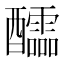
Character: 醽